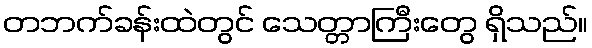
တဘက်ခန်းထဲတွင် သေတ္တာကြီးတွေ ရှိသည်။